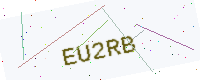
Text: EU2RB